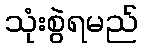
သုံးစွဲရမည်